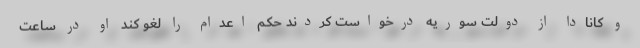
و کانادا از دولت سوریه درخواست کردند حکم اعدام را لغو کند او در ساعت